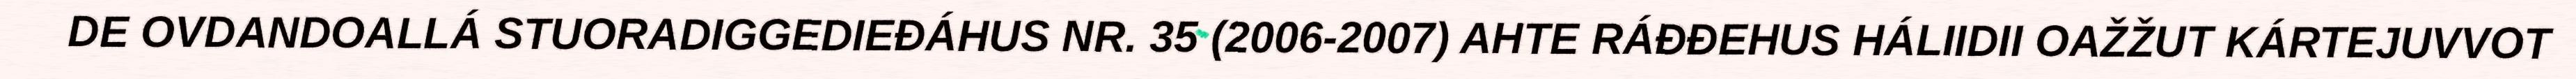
DE OVDANDOALLÁ STUORADIGGEDIEĐÁHUS NR. 35 (2006-2007) AHTE RÁĐĐEHUS HÁLIIDII OAŽŽUT KÁRTEJUVVOT